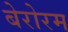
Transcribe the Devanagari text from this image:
बेरोरम